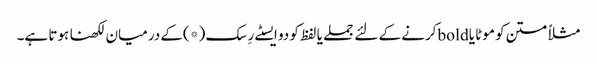
مثلاً متن کو موٹا یا boldکرنے کے لئے جملے یا لفظ کو دو ایسٹے رِسک (*)کے درمیان لکھنا ہوتا ہے۔